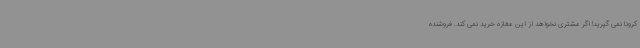
کرونا نمی گیرید! اگر مشتری نخواهد از این مغازه خرید نمی کند. فروشنده